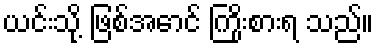
ယင်းသို့ ဖြစ်အောင် ကြိုးစားရ သည်။